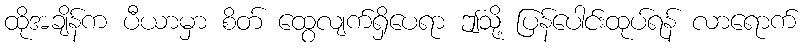
ထိုအချိန်က ပီယာမှာ စိတ် ထွေလျက်ရှိပေရာ ဤသို့ ပြန်ပေါင်းထုပ်ရန် လာရောက်